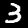
Label: 3